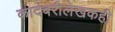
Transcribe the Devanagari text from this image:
कादंबरीलेखकही